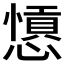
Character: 𢣁